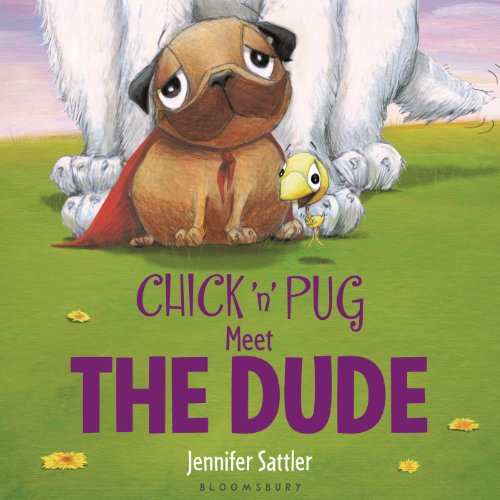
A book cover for Chick 'n' Pug Meet the Dude; Jennifer Sattler; Children's Books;